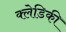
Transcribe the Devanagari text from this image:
क्लेडिकी